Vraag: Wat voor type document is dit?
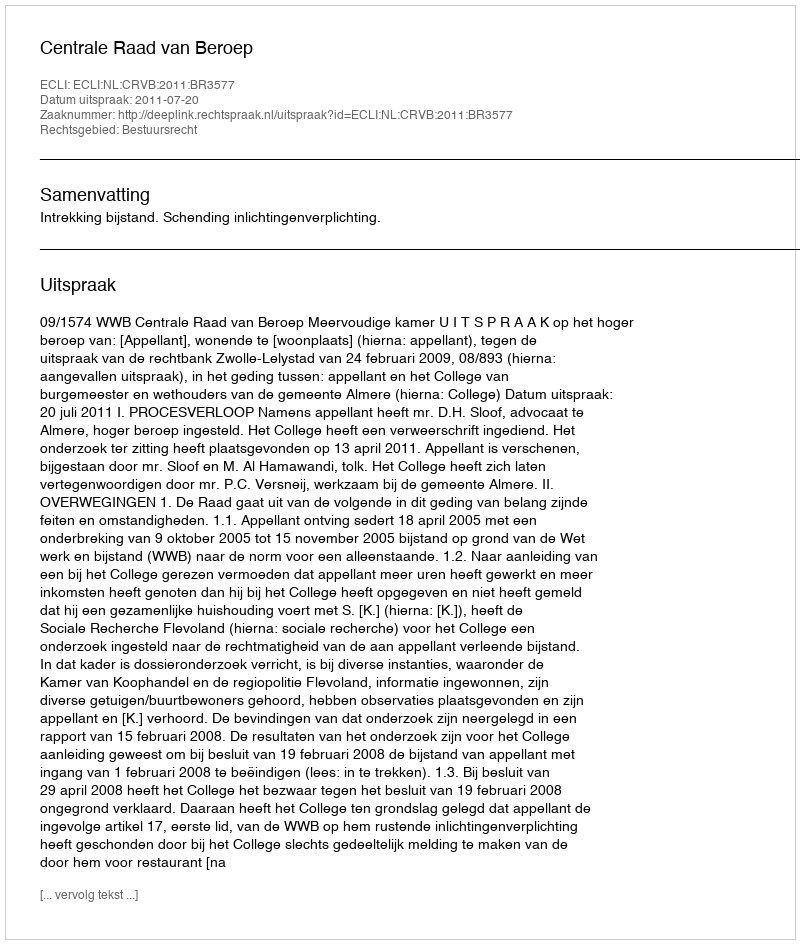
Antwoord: Uitspraak